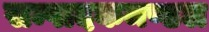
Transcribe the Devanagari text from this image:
सम्पादकमण्डल